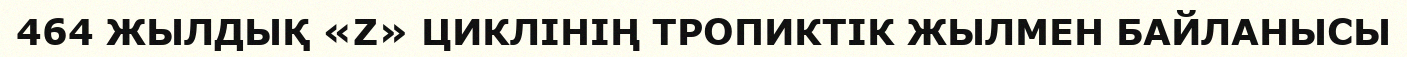
464 ЖЫЛДЫҚ «Z» ЦИКЛІНІҢ ТРОПИКТІК ЖЫЛМЕН БАЙЛАНЫСЫ